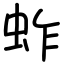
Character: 蚱